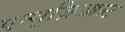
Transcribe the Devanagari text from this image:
एन्थूज़िआस्ट